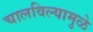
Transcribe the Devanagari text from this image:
चालविल्यामुळे